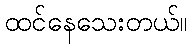
ထင်နေသေးတယ်။